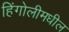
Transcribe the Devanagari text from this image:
हिंगोलीमधील